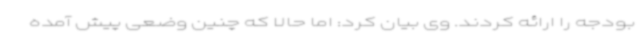
بودجه را ارائه کردند. وی بیان کرد: اما حالا که چنین وضعی پیش آمده